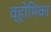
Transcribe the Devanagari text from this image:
व्होमिका